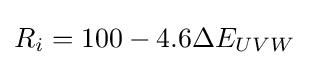
R_{i}=100-4.6\Delta E_{UVW}